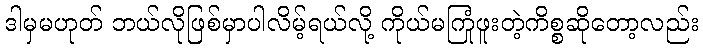
ဒါမှမဟုတ် ဘယ်လိုဖြစ်မှာပါလိမ့်ရယ်လို့ ကိုယ်မကြုံဖူးတဲ့ကိစ္စဆိုတော့လည်း